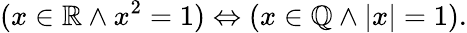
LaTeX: (x\in\mathbb{R}\land x^{2}=1)\Leftrightarrow(x\in\mathbb{Q}\land|x|=1).